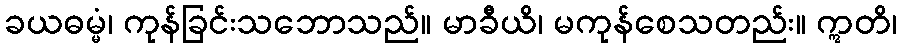
ခယဓမ္မံ၊ ကုန်ခြင်းသဘောသည်။ မာခီယိ၊ မကုန်စေသတည်း။ ဣတိ၊